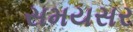
સમયસર